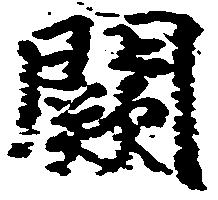
闕